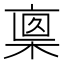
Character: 𣖈